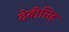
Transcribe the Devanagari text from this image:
देवीसिह